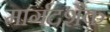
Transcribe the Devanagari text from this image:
मार्गदशैक